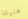
هنيئة